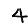
Digit: 4